Leaving Certificate Examination (including Day School Certificate (Higher) General paper), 1936
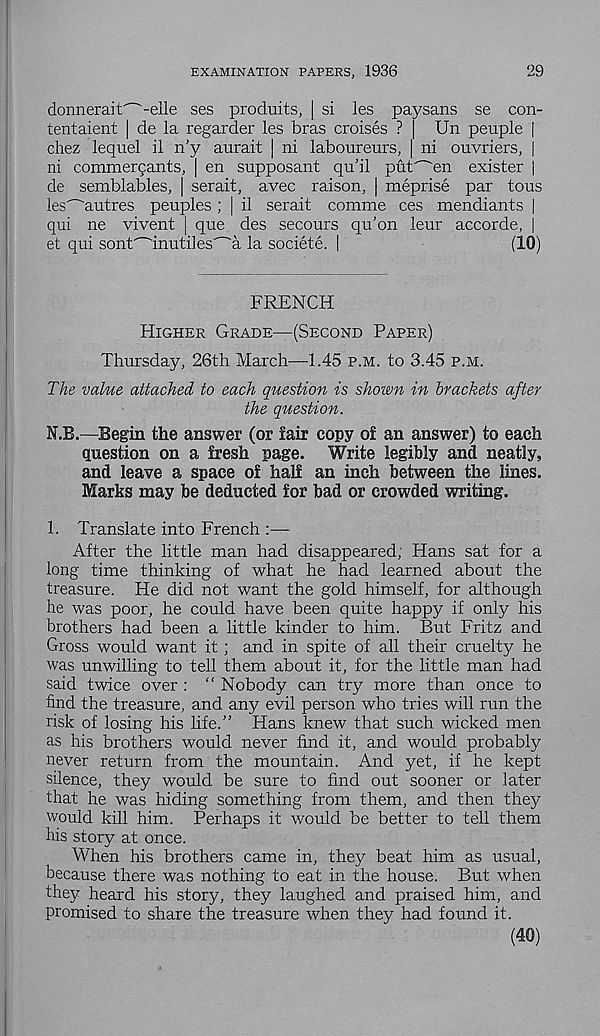
EXAMINATION PAPERS, 1936
29
donnerait^-elle ses produits, | si les paysans se con-
tentaient | de la regarder les bras croises ? | Un peuple |
chez lequel il n’y aurait | ni laboureurs, | ni ouvriers, |
ni commergants, | en supposant qu’il put'^'en exister |
de semblables, | serait, avec raison, | meprise par tons
les^autres peuples ; | il serait comme ces mendiants |
qui ne vivent | que des secours qu’on leur accorde, [
et qui sont"~'inutiles’^'a la societe. |
(10)
FRENCH
Higher Grade—(Second Paper)
Thursday, 26th March—1.45 p.m. to 3.45 p.m.
The value attached to each question is shown in brackets after
the question.
N.B.—Begin the answer (or fair copy of an answer) to each
question on a fresh page. Write legibly and neatly,
and leave a space of half an inch between the lines.
Marks may be deducted for bad or crowded writing.
1. Translate into French :—
After the little man had disappeared; Hans sat for a
long time thinking of what he had learned about the
treasure. He did not want the gold himself, for although
he was poor, he could have been quite happy if only his
brothers had been a little kinder to him. But Fritz and
Gross would want it; and in spite of all their cruelty he
was unwilling to tell them about it, for the little man had
said twice over : “ Nobody can try more than once to
find the treasure, and any evil person who tries will run the
risk of losing his life.” Hans knew that such wicked men
as his brothers would never find it, and would probably
never return from the mountain. And yet, if he kept
silence, they would be sure to find out sooner or later
that he was hiding something from them, and then they
would kill him. Perhaps it would be better to tell them
his story at once.
When his brothers came in, they beat him as usual,
because there was nothing to eat in the house. But when
they heard his story, they laughed and praised him, and
promised to share the treasure when they had found it.